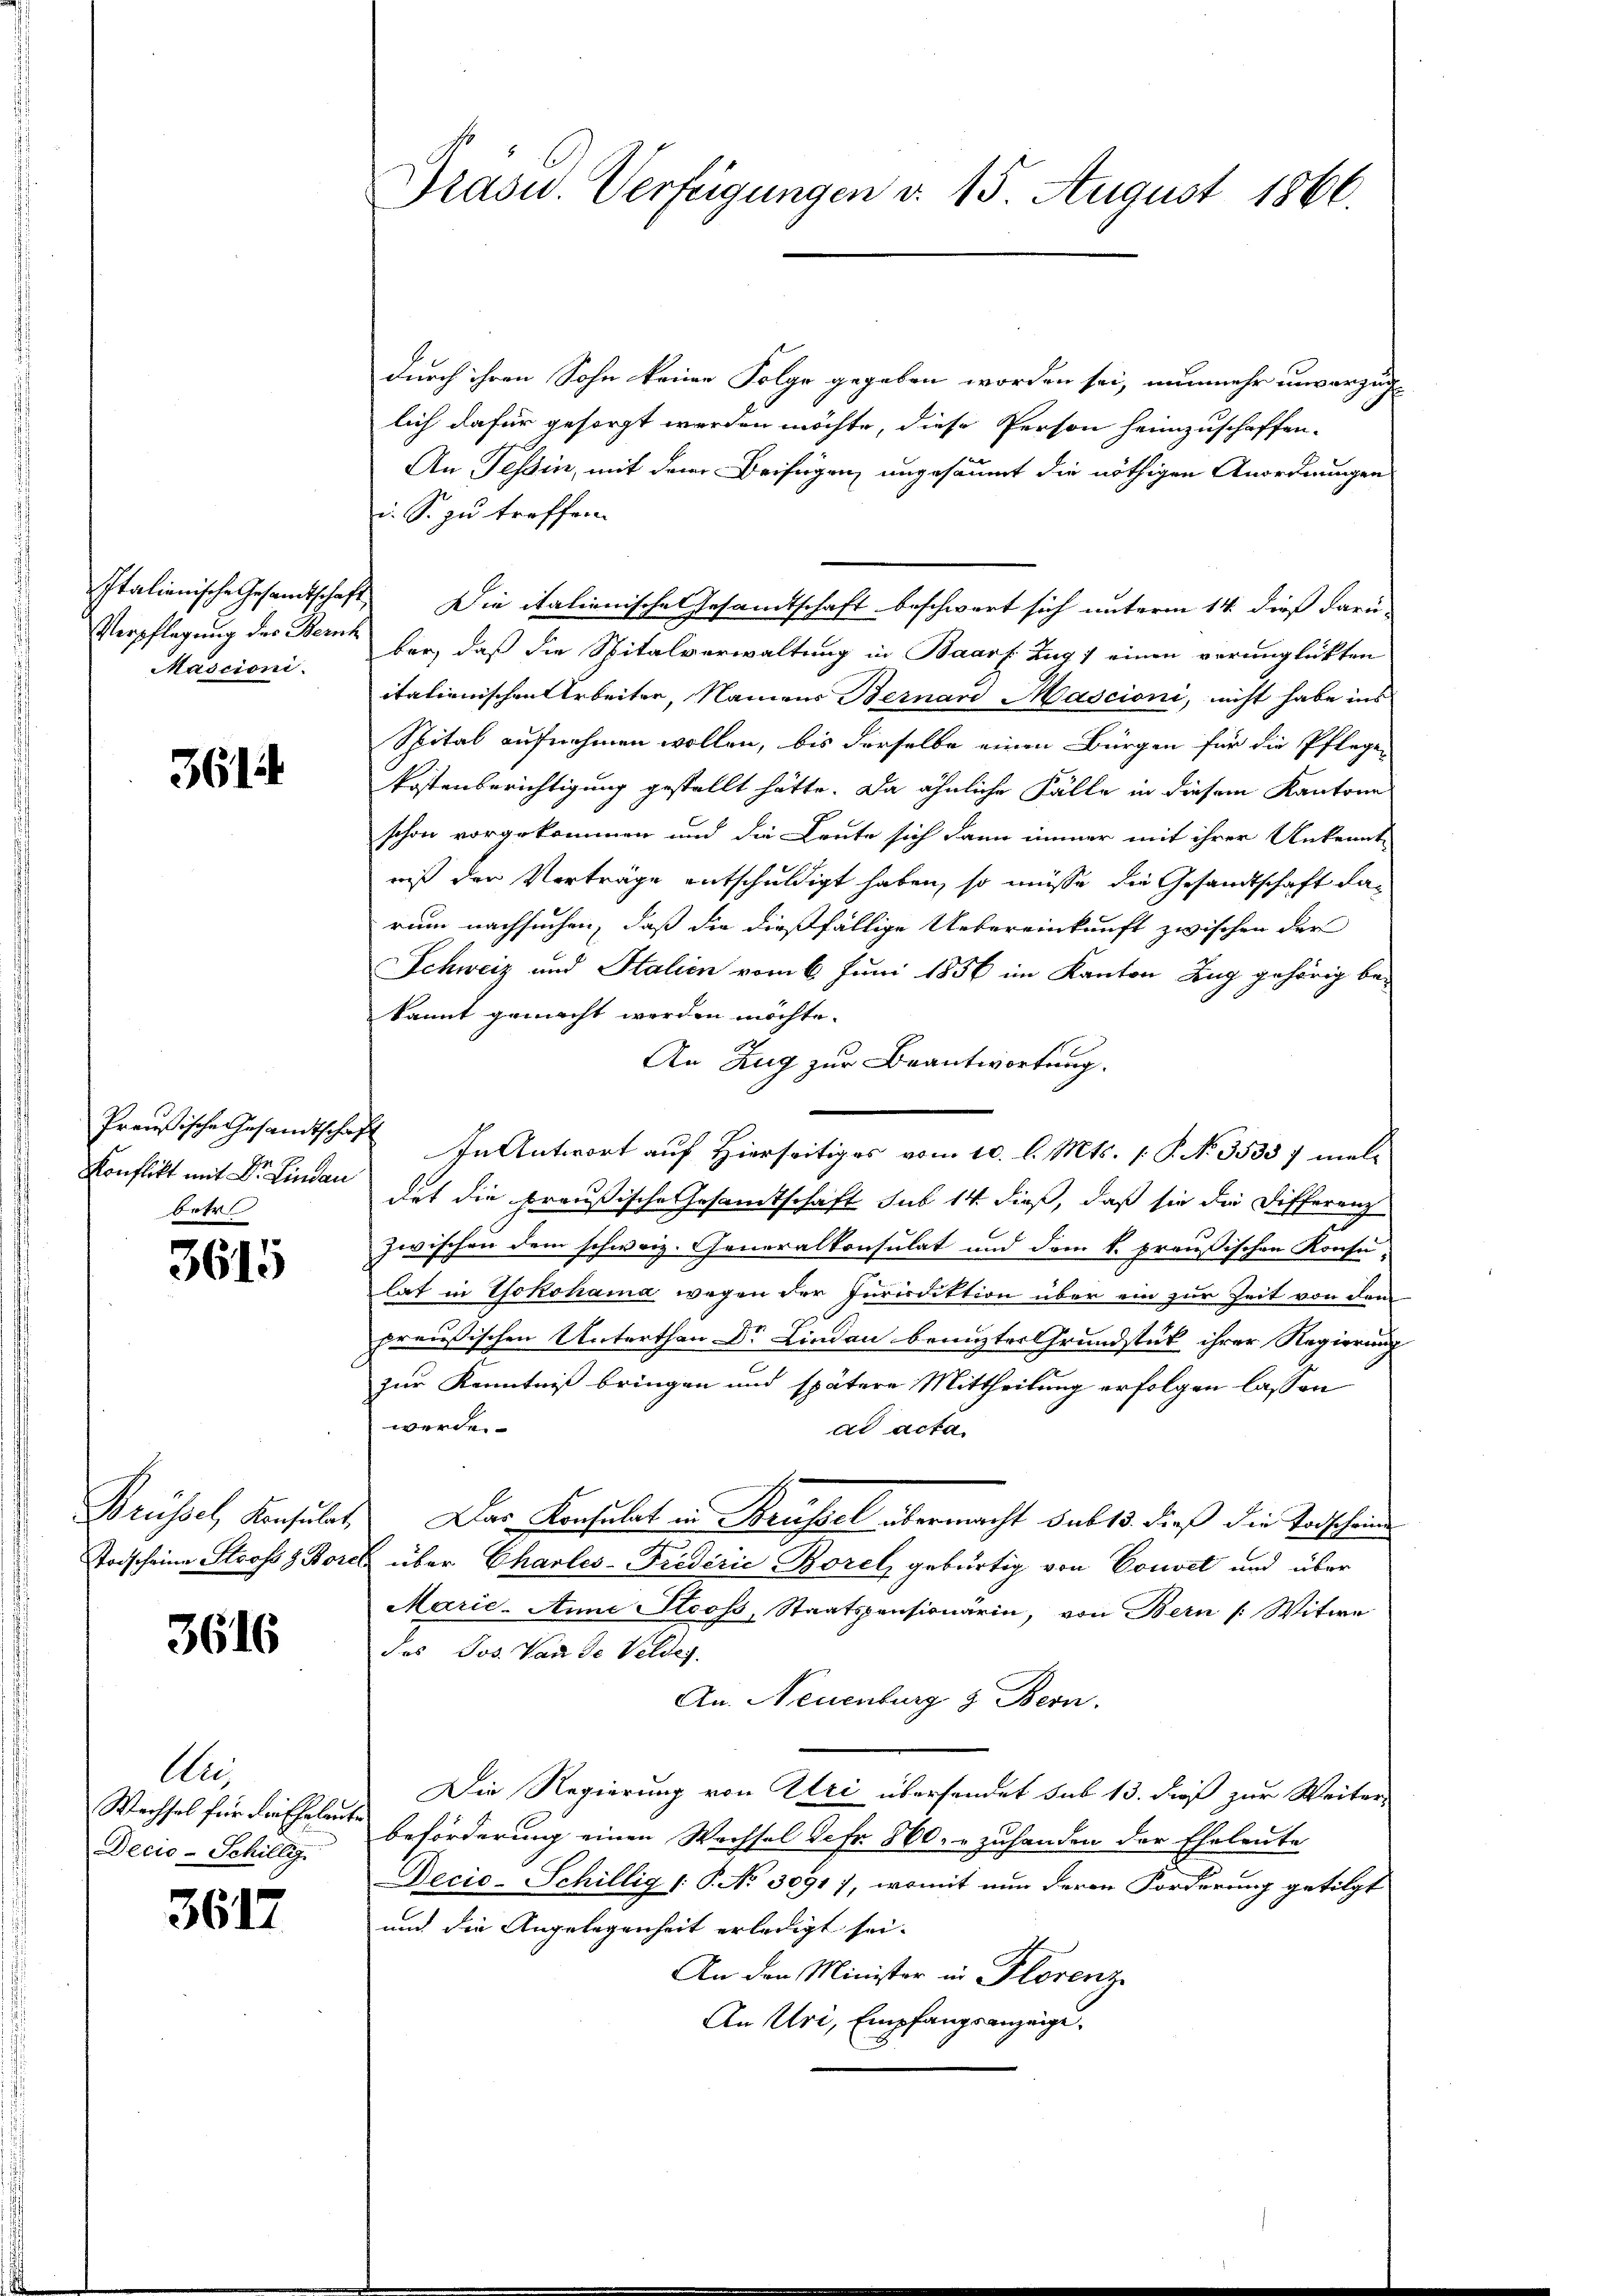
sitalienische Gesandtschaft
Verpflegung des Bernh
Mascioni.

361

Preußische Gesandtschaf
Konflikt mit Dr. Lindau
Betr

3615

Brüssel, Konsulat,
Todscheine Stooss z. Bore

3616

Au
Wechsel für die Eheleute
Decis-Schillig.

3617

Präsid. Verfügungen d. 15. August 1866.

durch ihren Sohn keine Folge gegeben worden sei, nunmehr unverzug
lich dafür gesorgt werden möchte, diese Person heimzuschaffen-
An Tessin, mit dem Beifügen ungesäumt die nöthigen Anordnungen
i. S. zu treffen.
 Die italienische Gesandtschaft beschwert sich unterm 14. dieß darü-
ber, daß die Spitalverwaltung in Baarf. Zug / einen verunglückten
itationischen Arbeiter, Namens Bernaro Mascioni, nicht habe ins
Spital aufnehmen wollen, bis derselbe einen Bürgen für die Pflegen
Postenberichtigung gestellt hätte. Da ähnliche Fälle in diesem Kantone
schon vorgekommen und die Leute sich dann immer mit ihrer Ankennt
wiß den Verträge entschuldigt haben, so müsse die Gesandtschaft darum nachsuchen, daß die dießfällige Uebereinkunft zwischen der
Schweiz und Stalien vom 6. Juni 1856 im Kanton Zug gehörig bekannt gemacht werden möchte.
An Zug zur Beantwortung.
In Antwort auf Hierseitiges vom 10. l. Mts. 1. P. No 35357 meldet die preußische Gesamtschaft sub 14 dieß, daß sie die Differenz
zwischen dem schweiz. Generalkonsulat und dem k. preußischen Konsu-
lat in Yokohama wegen der Jurisdiktion über ein zur Zeit von dem
preußischen Unterthan Dr Lindau benuzter Grundstük ihrer Regierung
zur Kenntniß bringen und spätere Mittheilung erfolgen lassen
werde.
ad acta.
Das Konsulat in Reussel übermacht sub 15. dieß die Todschein
 über Charles-Friderie Borel gebürtig von Couvel und über
Marie-Anne Stooss, Staatspensionärin, von Bern /: Witwe
des Jos. Von de Veldes.
An. Neuenburg & Bern.
Die Regierung von Uri übersendet sub 13. dieß zur Weiter
beförderung einen Wechsel defr. 860. zuhanden der Eheleute
Decio-Schillig (: P. No 3091), womit nun deren Forderung getilgt
und die Angelegenheit erledigt sei.
An den Minister in Florenz
An Uri, Empfangsanzeige.